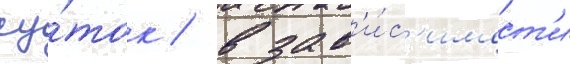
су́ток / в зав'и́с'имост'и